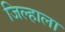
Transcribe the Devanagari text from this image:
जिल्हाला